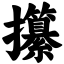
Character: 攥